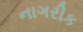
નાગરીક